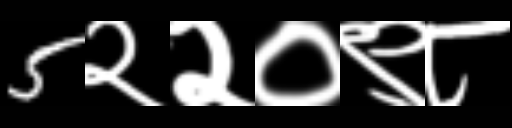
Text: 5२२०९८